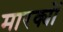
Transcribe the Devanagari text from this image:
मारक्यों